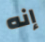
إنه